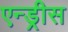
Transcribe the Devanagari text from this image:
एन्ड्रीस